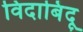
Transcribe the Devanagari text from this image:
विदाबिंदू